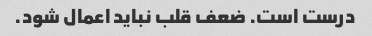
درست است. ضعف قلب نباید اعمال شود.